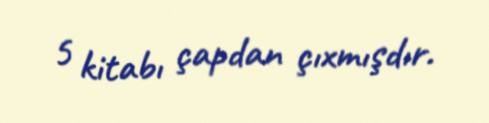
5 kitabı çapdan çıxmışdır.